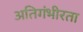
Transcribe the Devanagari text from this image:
अतिगंभीरता